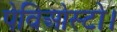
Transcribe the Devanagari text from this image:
पेविओस्टो।